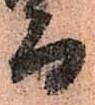
而